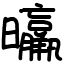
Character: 㬯